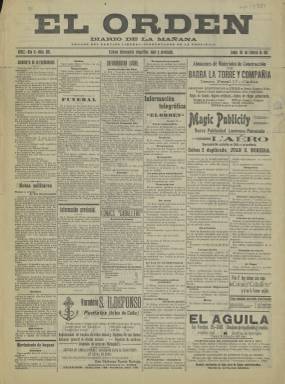
Título: El Orden (Cádiz)
Colección: Periódicos
Ámbito geográfico: Cádiz
Lugar de publicación: Cádiz
Fechas: 20/02/1911-20/02/1911

Con este título tan explícito comenzó a editarse este periódico en Cádiz como órgano del partido liberal-conservador en la provincia, más conocido sencillamente por partido conservador, la formación política que fundara Cánovas del Castillo al inicio de la Restauración borbónica. Efectivamente, la necesidad de mantener el orden público y evitar las revoluciones era una de las máximas de este partido.

   Poco se conoce de este periódico que competía en el mercado de Cádiz con otros muchos más, dado que esta provincia rebasaba la media de población provincial de España con unos 450.000 habitantes en 1900. Como ocurre también en la actualidad, Jerez de la Frontera tenía mayor población entonces que Cádiz capital. A finales del siglo XIX se contabilizaban en esta provincia una veintena de periódicos, lo que da una idea de la pujanza de la que gozaba la prensa en el territorio español donde se había proclamado en 1812 la primera Constitución.

  El Orden comenzó a publicarse en 1910 pero la Biblioteca Nacional de España solo posee un número de 1911, el correspondiente al 20 de febrero. Se trataba de un diario de la mañana, como rezaba su subtítulo. También se editaban en Cádiz periódicos vespertinos.

   Poco es lo que se puede decir de esta publicación observando este único número salvo que la publicidad destacaba ampliamente sobre la información, por lo que no debía tener problemas para financiarse. Este ejemplar solo consta de dos páginas, pero se desconoce si era esta la paginación habitual o aumentaba en otros días de la semana o solo los domingos.

  Pese a ser un periódico de partido se echa en falta artículos de fondo ideológicos. Casi todo el contenido, exceptuando los anuncios, está centrado en la información, noticias locales y provinciales, sobre todo. Dado que Cádiz es puerto de mar, no falta la información referente al movimiento de buques. Una sección que debía ser fija es la que lleva el titulillo de ‘Información telegráfica de El Orden’, en la que se recogen noticias varias de Madrid, Barcelona y otras provincias de España.

   No debía tener tampoco apenas ilustraciones. En el número a disposición de la BNE solo hay dos grabados, uno para un anuncio publicitario y el otro para ilustrar el boletín religioso con un crucifijo, algo muy propio del partido conservador y su firme defensa de la Iglesia católica.

[Descripción publicada el 7/07/2023]